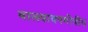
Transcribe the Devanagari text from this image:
वात्स्यायनगोत्रीय